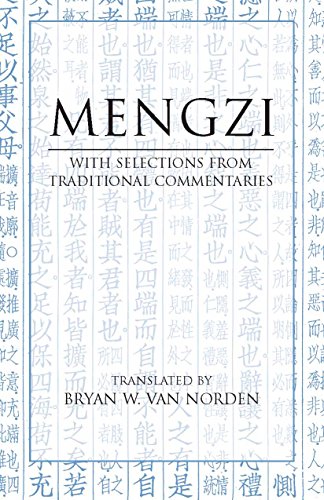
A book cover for Mengzi: With Selections from Traditional Commentaries (Hackett Classics); Mengzi; Religion & Spirituality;